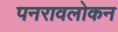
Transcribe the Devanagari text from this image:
पनरावलोकन